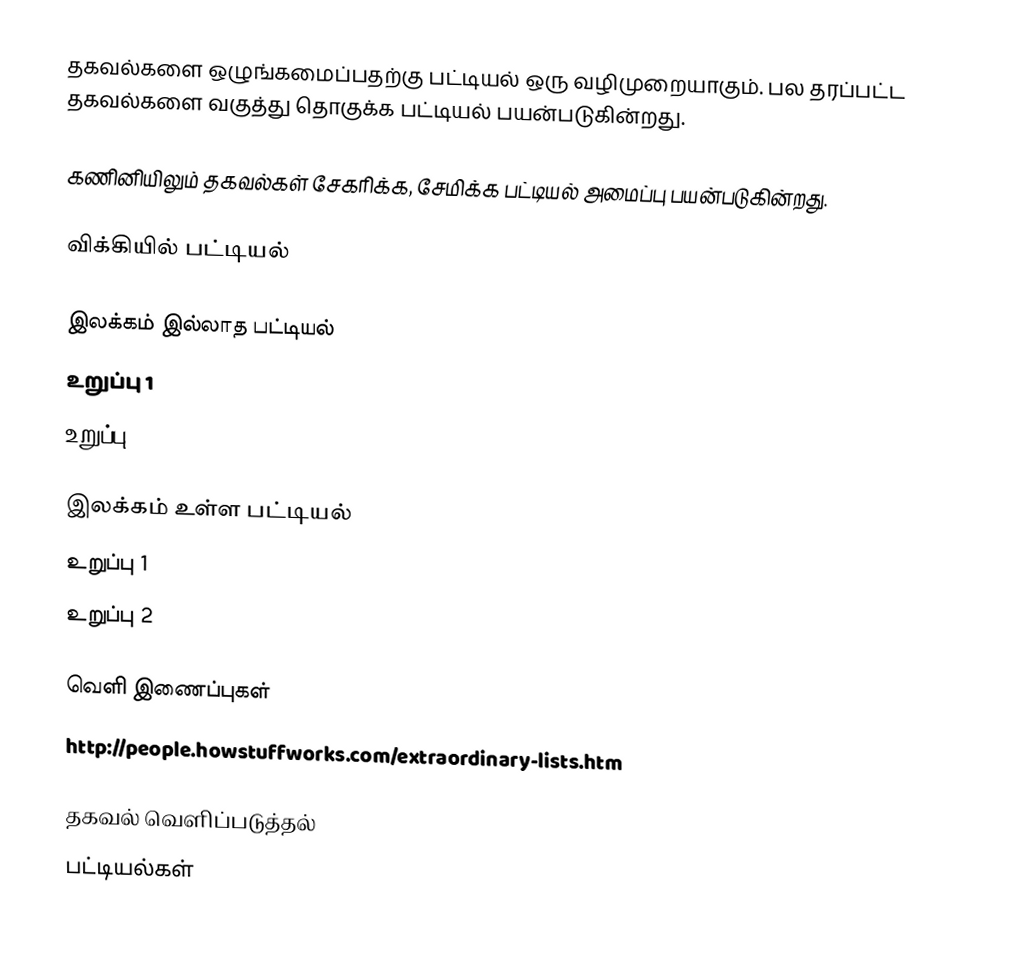
தகவல்களை ஒழுங்கமைப்பதற்கு பட்டியல் ஒரு வழிமுறையாகும்.  பல தரப்பட்ட தகவல்களை வகுத்து தொகுக்க பட்டியல் பயன்படுகின்றது.

கணினியிலும் தகவல்கள் சேகரிக்க, சேமிக்க பட்டியல் அமைப்பு பயன்படுகின்றது.

விக்கியில் பட்டியல்

இலக்கம் இல்லாத பட்டியல்
 உறுப்பு 1
 உறுப்பு 2

இலக்கம் உள்ள பட்டியல்
 உறுப்பு 1
 உறுப்பு 2

வெளி இணைப்புகள்
http://people.howstuffworks.com/extraordinary-lists.htm

தகவல் வெளிப்படுத்தல்
பட்டியல்கள்